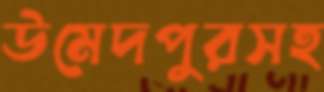
উমেদপুরসহ